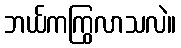
ဘယ်ကကြွလာသလဲ။